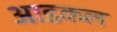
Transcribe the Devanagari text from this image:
आडकल